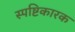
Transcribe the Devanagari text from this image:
स्पष्टिकारक